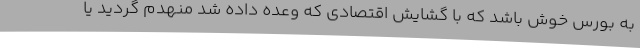
به بورس خوش باشد که با گشایش اقتصادی که وعده داده شد منهدم گردید یا